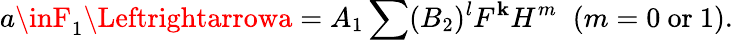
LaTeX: a\inF_{1}\Leftrightarrowa=A_{1}\sum(B_{2})^{l}F^{\mathbf{k}}H^{m}\; \; (m=0\mathrm{{~or~}}1).